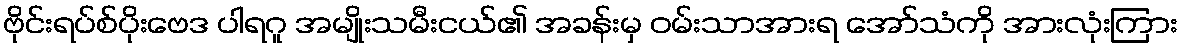
ဗိုင်းရပ်စ်ပိုးဗေဒ ပါရဂူ အမျိုးသမီးငယ်၏ အခန်းမှ ဝမ်းသာအားရ အော်သံကို အားလုံးကြား